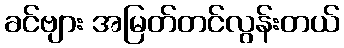
ခင်ဗျား အမြတ်တင်လွန်းတယ်